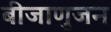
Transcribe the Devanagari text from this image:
बीजाणुजन